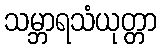
သမ္ဘာရသံယုတ္တာ